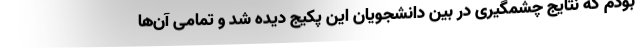
بودم که نتایج چشمگیری در بین دانشجویان این پکیج دیده شد و تمامی آن‌ها